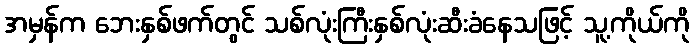
အမှန်က ဘေးနှစ်ဖက်တွင် သစ်လုံးကြီးနှစ်လုံးဆီးခံနေသဖြင့် သူ့ကိုယ်ကို